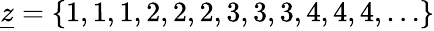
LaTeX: \underline{{z}}=\{ 1,1,1,2,2,2,3,3,3,4,4,4,\dots\}